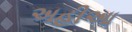
અહીઆ